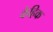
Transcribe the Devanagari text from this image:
केहिक